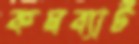
কমব্যাট